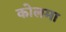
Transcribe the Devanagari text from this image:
कोलमा